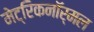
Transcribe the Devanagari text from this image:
मेट्रिकनॉर्मल